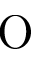
\mathrm { O }